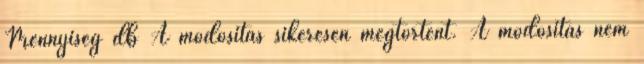
Mennyiség db A módosítás sikeresen megtörtént. A módosítás nem